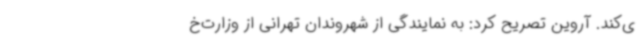
ی‌کند. آروین تصریح کرد: به نمایندگی از شهروندان تهرانی از وزارت‌خ